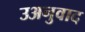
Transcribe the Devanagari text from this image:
उअनुवाद